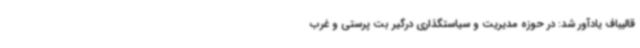
قالیباف یادآور شد: در حوزه مدیریت و سیاستگذاری درگیر بت پرستی و غرب